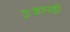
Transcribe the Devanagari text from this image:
उःशापही